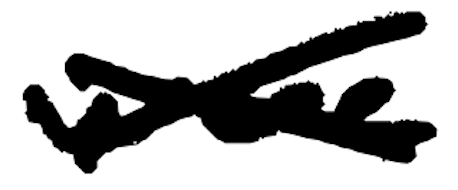
Text: were
Cross-out: cross
Writing tool: digital_black